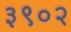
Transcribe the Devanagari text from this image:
३९०२